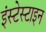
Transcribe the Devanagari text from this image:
इंस्टेस्टाइन